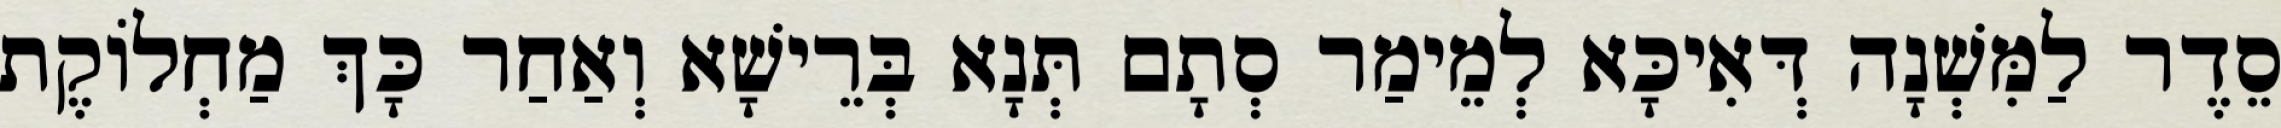
סֵדֶר לַמִּשְׁנָה דְּאִיכָּא לְמֵימַר סְתָם תְּנָא בְּרֵישָׁא וְאַחַר כָּךְ מַחְלוֹקֶת